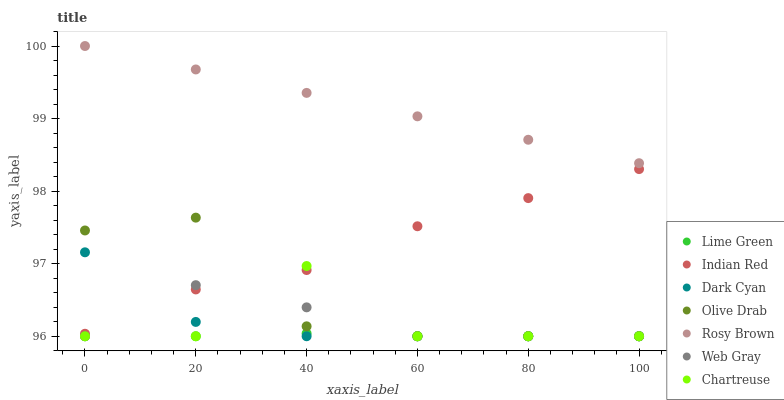
| xaxis_label | Lime Green | Indian Red | Dark Cyan | Olive Drab | Rosy Brown | Web Gray | Chartreuse |
 | --- | --- | --- | --- | --- | --- | --- | --- |
 | 0 | 96 | 96 | 97.2 | 97.5 | 100 | 96 | 96 |
 | 20 | 96 | 96.6 | 96.2 | 97.6 | 99.7 | 96.7 | 96 |
 | 40 | 96 | 96.9 | 96 | 96.1 | 99.4 | 96.4 | 97 |
 | 60 | 96 | 97.5 | 96 | 96 | 99 | 96 | 96 |
 | 80 | 96 | 97.9 | 96 | 96 | 98.7 | 96 | 96 |
 | 100 | 96 | 98.3 | 96 | 96 | 98.4 | 96 | 96 |